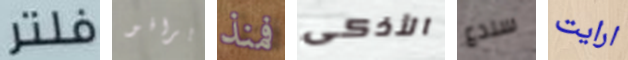
فلتر برافو فمنذ الأذكى سندع ارايت